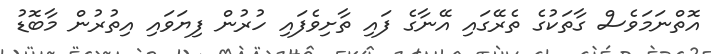
އޮތްނަމަވެސް ގާތަކުގެ ތެރޭގައި އޭނާގެ ފައި ތާށިވެފައި ހުރުން ފިޔަވައި އިތުރުން މާބޮޑު